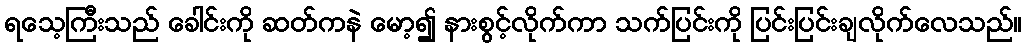
ရသေ့ကြီးသည် ခေါင်းကို ဆတ်ကနဲ မော့၍ နားစွင့်လိုက်ကာ သက်ပြင်းကို ပြင်းပြင်းချလိုက်လေသည်။